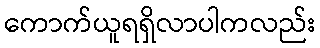
ကောက်ယူရရှိလာပါကလည်း